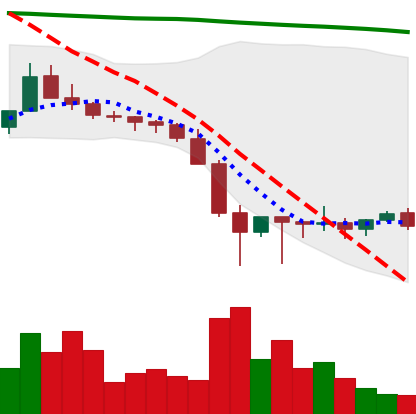
Ticker: XLM-USD
Chart end date: 2022-01-30
Forward return: 6.843%
Label: up_5_7